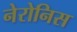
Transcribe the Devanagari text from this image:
नेरोनिस